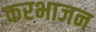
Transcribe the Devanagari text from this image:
करभाजन